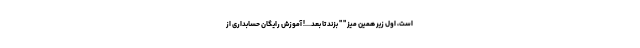
است، اول زیر همین میز " " بزند تا بعد...! آموزش رایگان حسابداری از